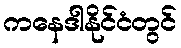
ကနေဒါနိုင်ငံတွင်